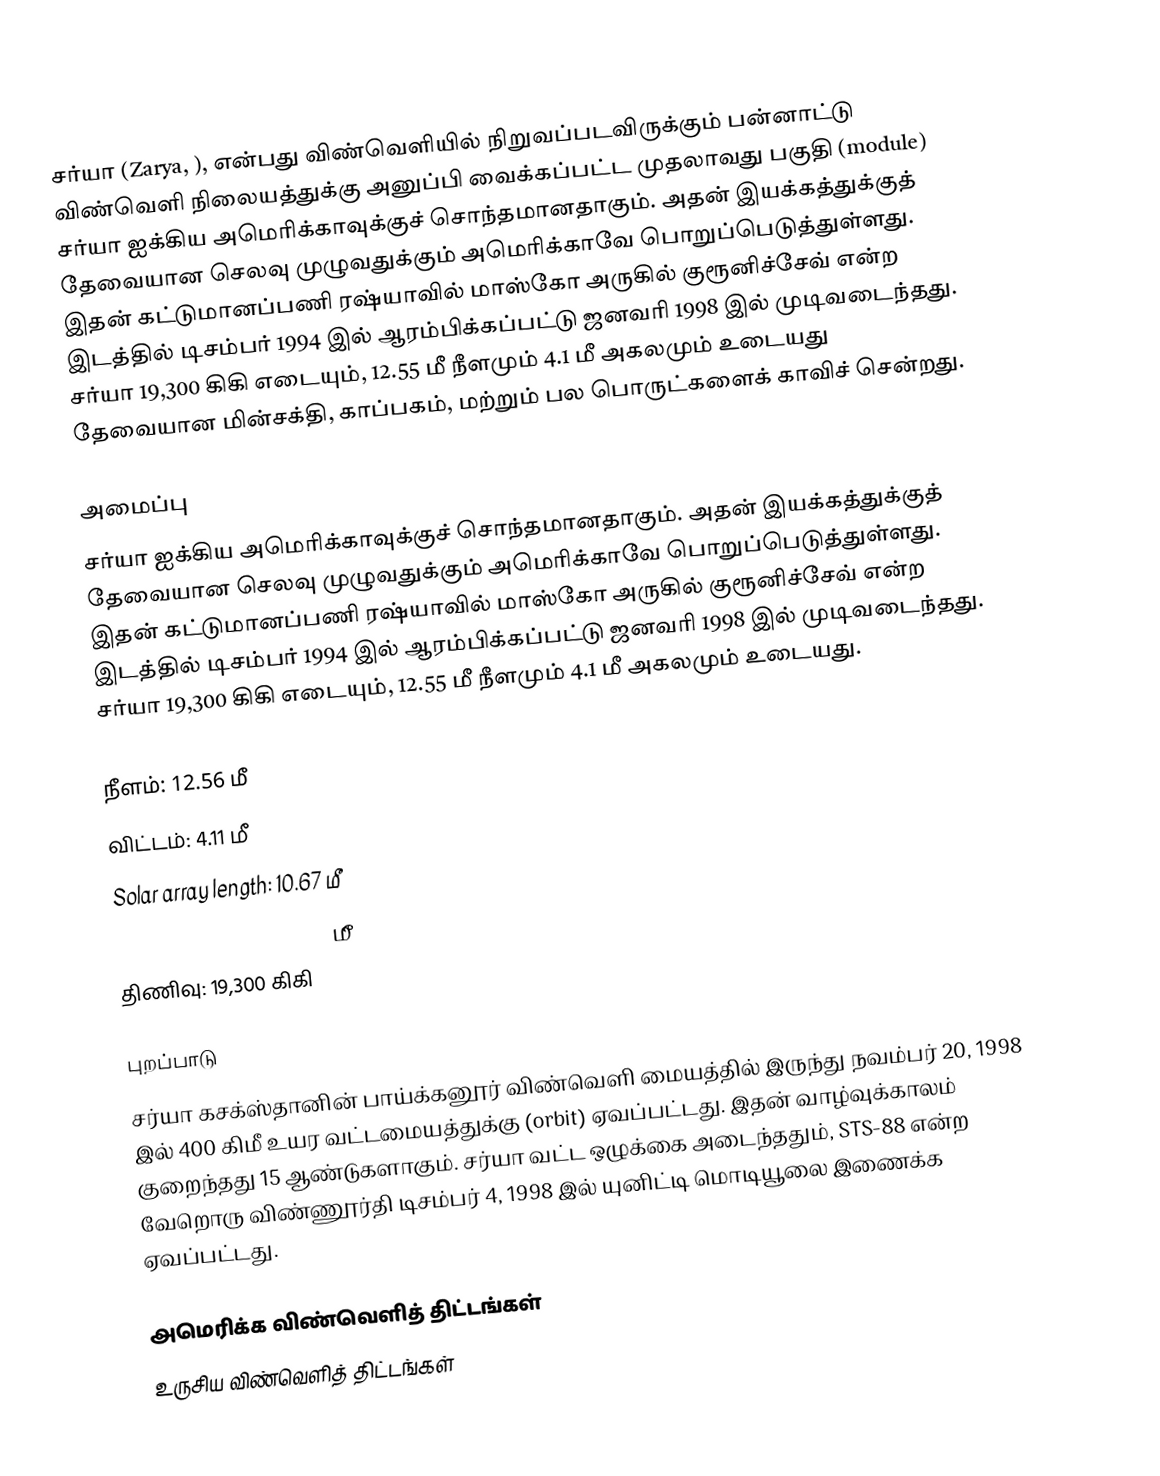
சர்யா (Zarya, ), என்பது விண்வெளியில் நிறுவப்படவிருக்கும் பன்னாட்டு விண்வெளி நிலையத்துக்கு அனுப்பி வைக்கப்பட்ட முதலாவது பகுதி (module) சர்யா ஐக்கிய அமெரிக்காவுக்குச் சொந்தமானதாகும். அதன் இயக்கத்துக்குத் தேவையான செலவு முழுவதுக்கும் அமெரிக்காவே பொறுப்பெடுத்துள்ளது. இதன் கட்டுமானப்பணி ரஷ்யாவில் மாஸ்கோ அருகில் குரூனிச்சேவ் என்ற இடத்தில் டிசம்பர் 1994 இல் ஆரம்பிக்கப்பட்டு ஜனவரி 1998 இல் முடிவடைந்தது. சர்யா 19,300 கிகி எடையும், 12.55 மீ நீளமும் 4.1 மீ அகலமும் உடையது  தேவையான மின்சக்தி, காப்பகம், மற்றும் பல பொருட்களைக் காவிச் சென்றது.

அமைப்பு
சர்யா ஐக்கிய அமெரிக்காவுக்குச் சொந்தமானதாகும். அதன் இயக்கத்துக்குத் தேவையான செலவு முழுவதுக்கும் அமெரிக்காவே பொறுப்பெடுத்துள்ளது. இதன் கட்டுமானப்பணி ரஷ்யாவில் மாஸ்கோ அருகில் குரூனிச்சேவ் என்ற இடத்தில் டிசம்பர் 1994 இல் ஆரம்பிக்கப்பட்டு ஜனவரி 1998 இல் முடிவடைந்தது. சர்யா 19,300 கிகி எடையும், 12.55 மீ நீளமும் 4.1 மீ அகலமும் உடையது.

 நீளம்: 12.56 மீ
 விட்டம்: 4.11 மீ
 Solar array length: 10.67 மீ
 Solar array width: 3.35 மீ
 திணிவு: 19,300 கிகி

புறப்பாடு
சர்யா கசக்ஸ்தானின் பாய்க்கனூர் விண்வெளி மையத்தில் இருந்து நவம்பர் 20, 1998 இல் 400 கிமீ உயர வட்டமையத்துக்கு (orbit) ஏவப்பட்டது. இதன் வாழ்வுக்காலம் குறைந்தது 15 ஆண்டுகளாகும். சர்யா வட்ட ஒழுக்கை அடைந்ததும், STS-88 என்ற வேறொரு விண்ணூர்தி டிசம்பர் 4, 1998 இல் யுனிட்டி மொடியூலை இணைக்க ஏவப்பட்டது.

அமெரிக்க விண்வெளித் திட்டங்கள்
உருசிய விண்வெளித் திட்டங்கள்